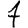
Digit: 7